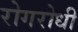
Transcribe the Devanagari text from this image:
रोगरोधी